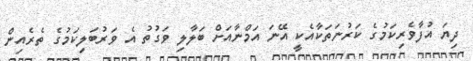
ދިޔަ އުފާވެރިކަމުގެ ކަރުނަތަކާއެކީ އޭނަ އަމްނާއަށް ބަލާލި ވަގުތު އެ ވަރުބަލިކަމުގެ ތެރެއިން